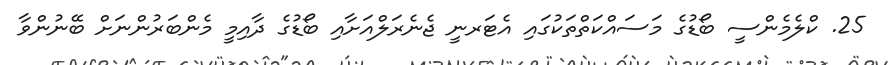
25. ކްލެމެންސީ ބޯޑުގެ މަސައްކަތްތަކުގައި އެޓަރނީ ޖެނެރަލްއަށާއި ބޯޑުގެ ދާއިމީ މެންބަރުންނަށް ބޭނުންވާ